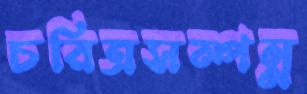
চরিত্রসম্পন্ন